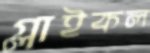
গ্লাইকল